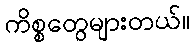
ကိစ္စတွေများတယ်။